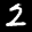
Label: 2